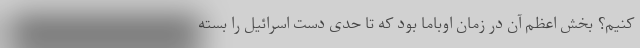
کنیم؟ بخش اعظم آن در زمان اوباما بود که تا حدی دست اسرائیل را بسته